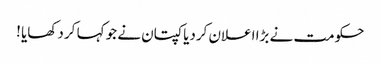
حکومت نے بڑا اعلان کردیا کپتان نے جو کہا کر دکھایا !